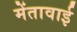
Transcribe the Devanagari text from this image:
मेंतावाई